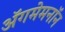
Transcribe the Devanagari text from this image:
अॅगमेमनॉन